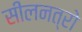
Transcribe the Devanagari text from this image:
सीलनत्रो